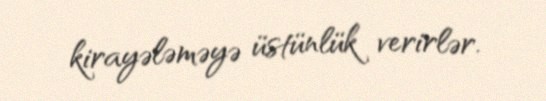
kirayələməyə üstünlük verirlər.